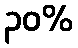
၃၀%